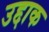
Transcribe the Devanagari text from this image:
उद्दाक